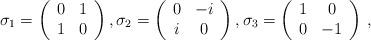
LaTeX: \begin{align*}\sigma_1 = \left(\begin{array}{cc}0&1\\1&0\end{array}\right),\sigma_2 = \left(\begin{array}{cc}0&-i\\i&0\end{array}\right),\sigma_3 = \left(\begin{array}{cc}1&0\\0&-1\end{array}\right)\,,\end{align*}